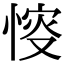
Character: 𢜶